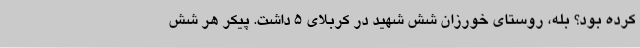
کرده بود؟ بله، روستای خورزان شش شهید در کربلای 5 داشت. پیکر هر شش